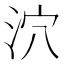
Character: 泬